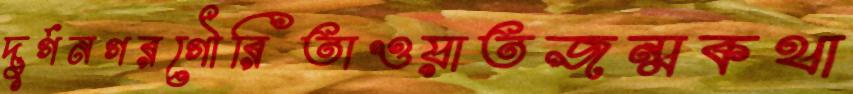
দুর্গনগরগৌরিতাওয়াতজন্মকথা